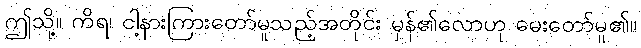
ဤသို့။ ကိရ၊ ငါ့နားကြားတော်မူသည့်အတိုင်း မှန်၏လောဟု မေးတော်မူ၏။